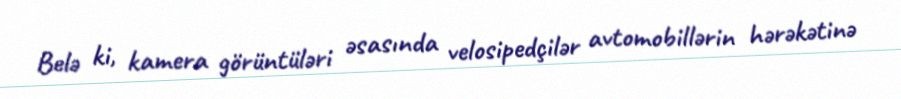
Belə ki, kamera görüntüləri əsasında velosipedçilər avtomobillərin hərəkətinə